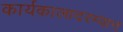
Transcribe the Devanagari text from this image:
कार्यकालादरम्यान